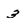
Character: 3